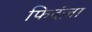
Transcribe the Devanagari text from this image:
फिदंज़ा